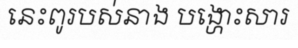
នេះពូរបស់នាង បង្ហោះសារ